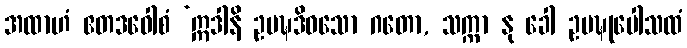
အထာဟံ ဧတဒဝေါစံ ‘ဣဒါနိ ဥပဍ္ဎဒိဝသော ဂတော, သက္ကာ နု ခေါ ဥပဍ္ဎုပေါသထံ